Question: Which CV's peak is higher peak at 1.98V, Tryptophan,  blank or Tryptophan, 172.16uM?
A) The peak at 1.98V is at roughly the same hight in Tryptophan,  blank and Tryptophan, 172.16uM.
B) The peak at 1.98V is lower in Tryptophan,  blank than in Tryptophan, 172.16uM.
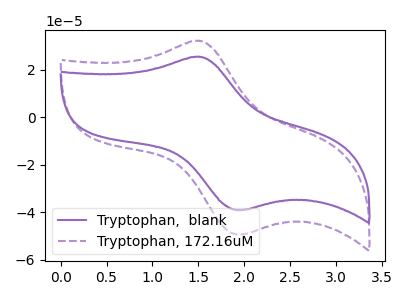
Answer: <think>The purple curve "Tryptophan,  blank" has an anodic peak at (1.50V, 25.45uA) and a cathodic peak at (2.00V, -38.95uA). The purple dashed curve "Tryptophan, 172.16uM" has an anodic peak at (1.50V, 32.10uA) and a cathodic peak at (2.00V, -49.20uA).</think>
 <answer>B) The peak at 1.98V is lower in "Tryptophan,  blank" than in "Tryptophan, 172.16uM".</answer>
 <eval>B</eval>